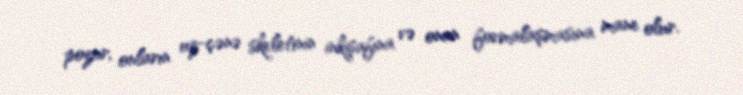
pozur, onların uz-çənə skeletinin inkişafına və onun formalaşmasına mane olur.